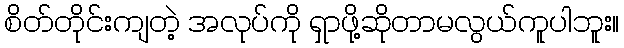
စိတ်တိုင်းကျတဲ့ အလုပ်ကို ရှာဖို့ဆိုတာမလွယ်ကူပါဘူး။